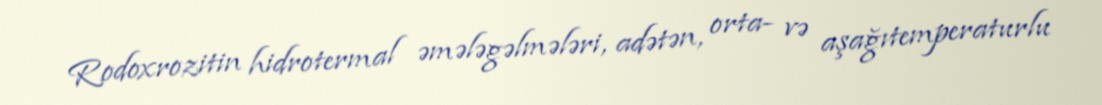
Rodoxrozitin hidrotermal əmələgəlmələri, adətən, orta- və aşağıtemperaturlu